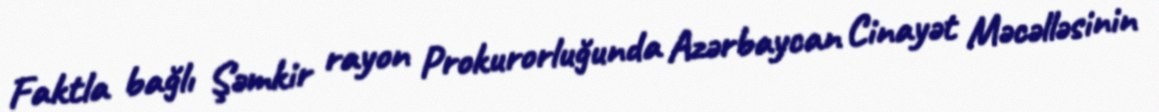
Faktla bağlı Şəmkir rayon Prokurorluğunda Azərbaycan Cinayət Məcəlləsinin